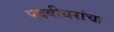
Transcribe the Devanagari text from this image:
पदवीधरांचा